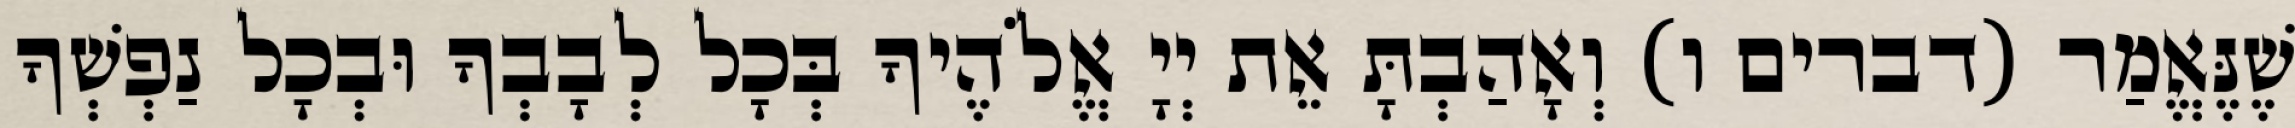
שֶׁנֶּאֱמַר (דברים ו) וְאָהַבְתָּ אֵת יְיָ אֱלֹהֶיךָ בְּכָל לְבָבְךָ וּבְכָל נַפְשְׁךָ